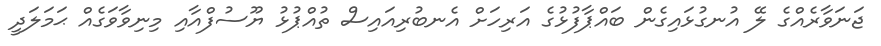
ޖަނަވާރެެއްގެ ލޭ އުނގުޅައިގެން ބައްޕާފުޅުގެ އަރިހަށް އެނބުރިއައިސް ތުއްޕުޅު ޔޫސުފްއާއި މިނިވާވަގެއް ޙަމަލަދީ